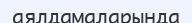
аялдамаларында